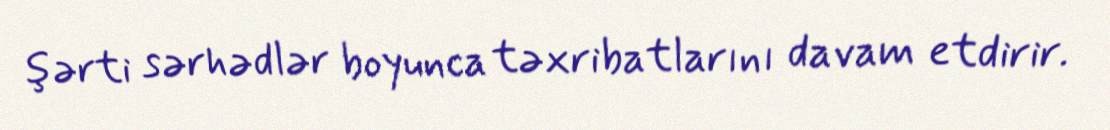
şərti sərhədlər boyunca təxribatlarını davam etdirir.